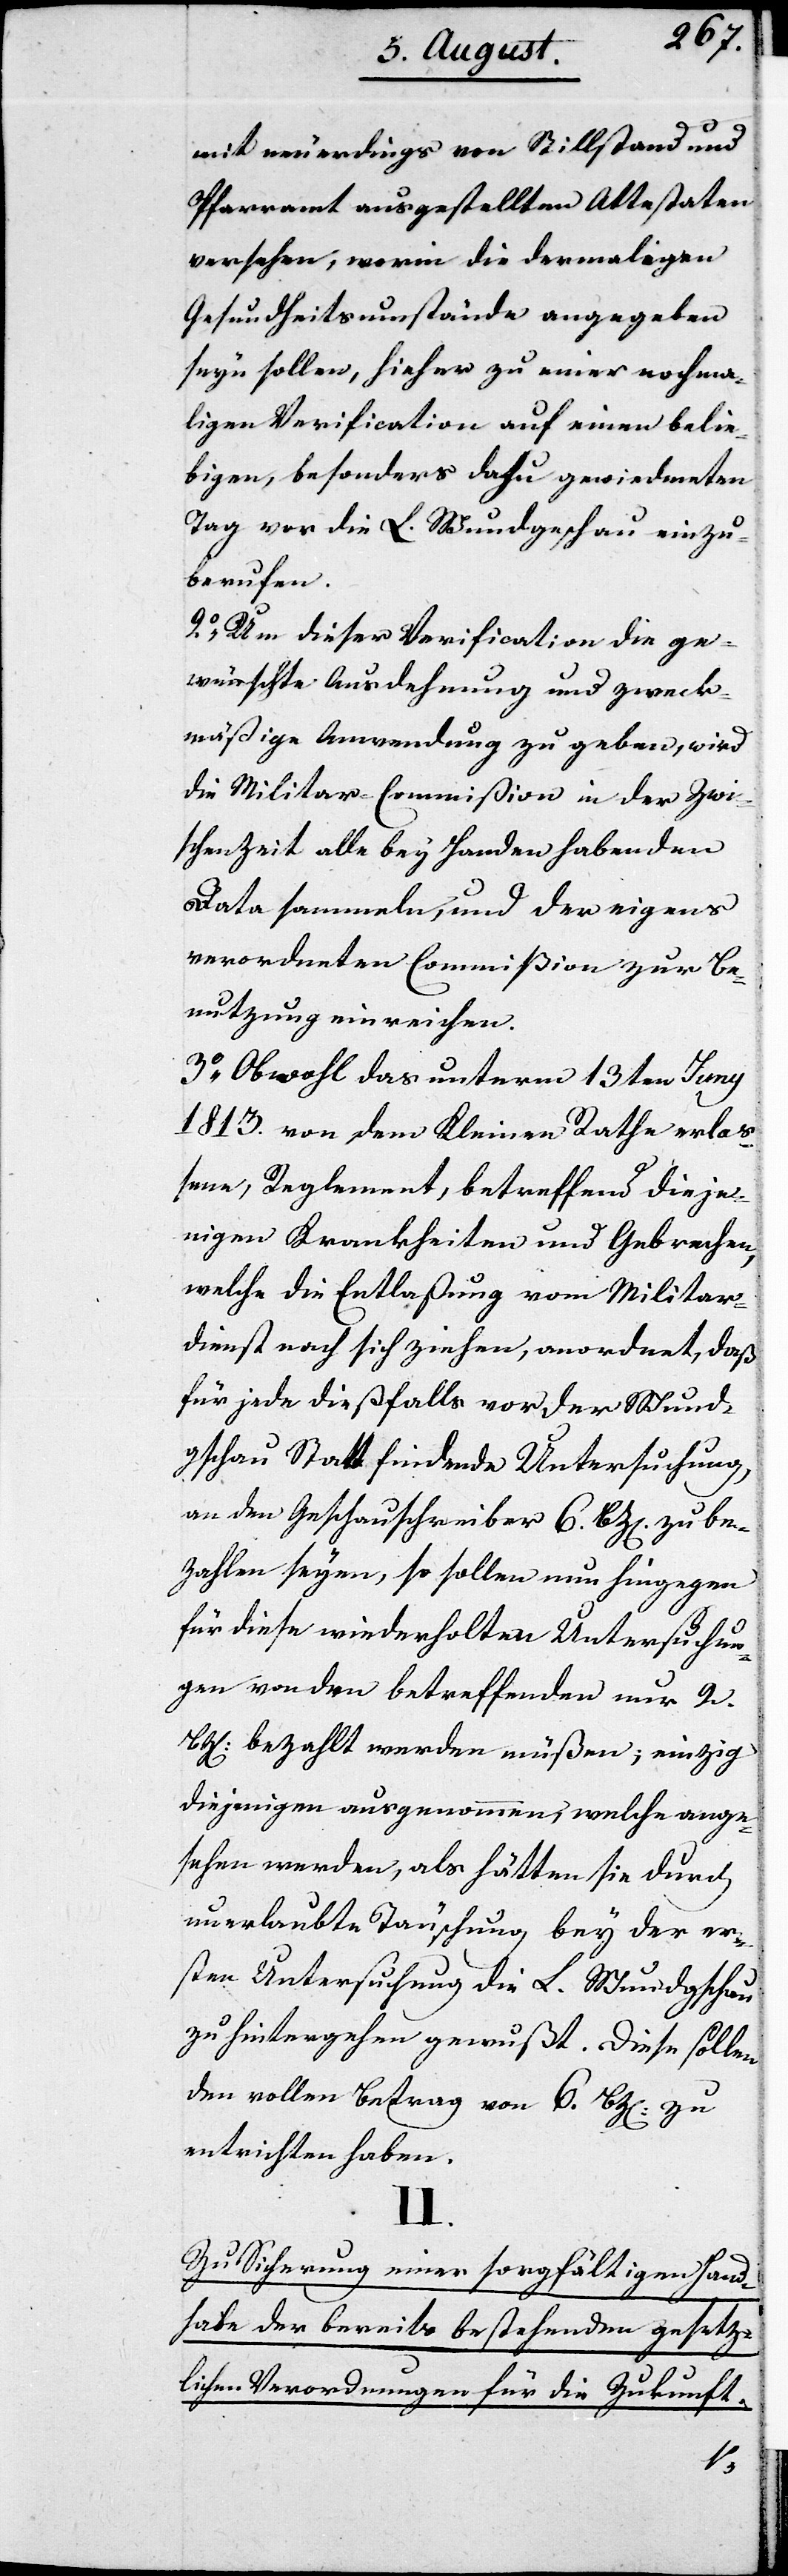
mit neuerdings von Stillstand und
Pfarramt ausgestellten Attestaten
versehen, worin die dermaligen
Gesundheitsumstände angegeben
seyn sollen, hieher zu einer nochma¬
ligen Verification auf einen belie¬
bigen, besonders dazu gewidmeten
Tag vor die L. Wundgeschau einzu¬
berufen.
2.) Um dieser Verification die ge¬
wünschte Ausdehnung und zweck¬
mäßige Anwendung zu geben, wird
die Militar-Commißion in der Zwi¬
schenzeit alle bey Handen habenden
Data sammeln, und der eigens
verordneten Commißion zur Be¬
nutzung einreichen.
3.) Obwohl das unterm 13ten Juny
1813. von dem Kleinen Rathe erlaß¬
ene, Reglement, betreffend dieje¬
nigen Krankheiten und Gebrechen,
welche die Entlaßung von Militar¬
dienst nach sich ziehen, anordnet, daß
für jede dießfalls vor der Wund¬
gschau Statt findende Untersuchung,
an den Geschauschreiber 6. Bzen. zu be¬
zahlen seyen, so sollen nun hingegen
für diese wiederholten Untersuchun¬
gen von den betreffenden nur 2
Bzen. bezahlt werden müßen; einzig
diejenigen ausgenommen, welche ange¬
sehen werden, als hätten sie durch
unerlaubte Täuschung bey der er¬
sten Untersuchung die L. Wundgschau
zu hintergehen gewußt. Diese sollen
den vollen Betrag von 6 Bzen. zu
entrichten haben.
II.
Zu Sicherung einer sorgfältigen Hand¬
habe der bereits bestehenden gesetz¬
lichen Verordnungen für die Zukunft.